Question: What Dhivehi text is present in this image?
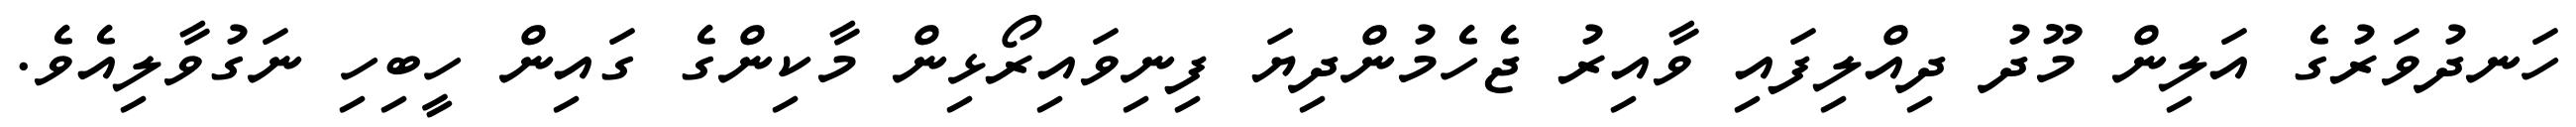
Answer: ހަނދުވަރުގެ އަލިން މޫދު ދިއްލިފައި ވާއިރު ޖެހެމުންދިޔަ ފިނިވައިރޯޅިން މާކިންގެ ގައިން ހީބިހި ނަގުވާލިއެވެ.